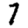
Digit: 7